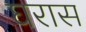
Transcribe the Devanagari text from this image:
घरास